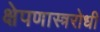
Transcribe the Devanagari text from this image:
क्षेपणास्त्ररोधी